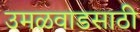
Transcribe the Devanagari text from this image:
उमळवाडसाठी